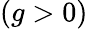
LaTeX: (g>0)